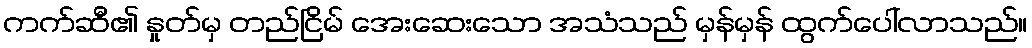
ကက်ဆီ၏ နှုတ်မှ တည်ငြိမ် အေးဆေးသော အသံသည် မှန်မှန် ထွက်ပေါ်လာသည်။